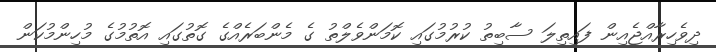
ދިވެހިރާއްޖެއިން ފައިތިލަ ސާބިތު ކުރުމުގައި ކޮމަންވެލްތު ގެ މެންބަރެއްގެ ގޮތުގައި އޮތުމުގެ މުހިންމުކަން